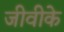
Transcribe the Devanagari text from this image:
जीवीके